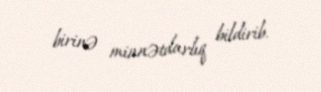
birinə minnətdarlıq bildirib.